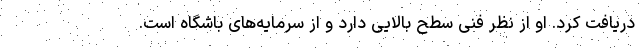
دریافت کرد. او از نظر فنی سطح بالایی دارد و از سرمایه‌های باشگاه است.